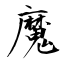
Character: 魔